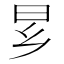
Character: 𬁠